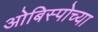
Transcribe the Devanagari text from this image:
ओबिस्पोच्या